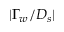
| \Gamma _ { w } / D _ { s } |